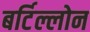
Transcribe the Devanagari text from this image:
बर्टिल्लोन